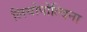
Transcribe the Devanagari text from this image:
लियोपोल्दिना